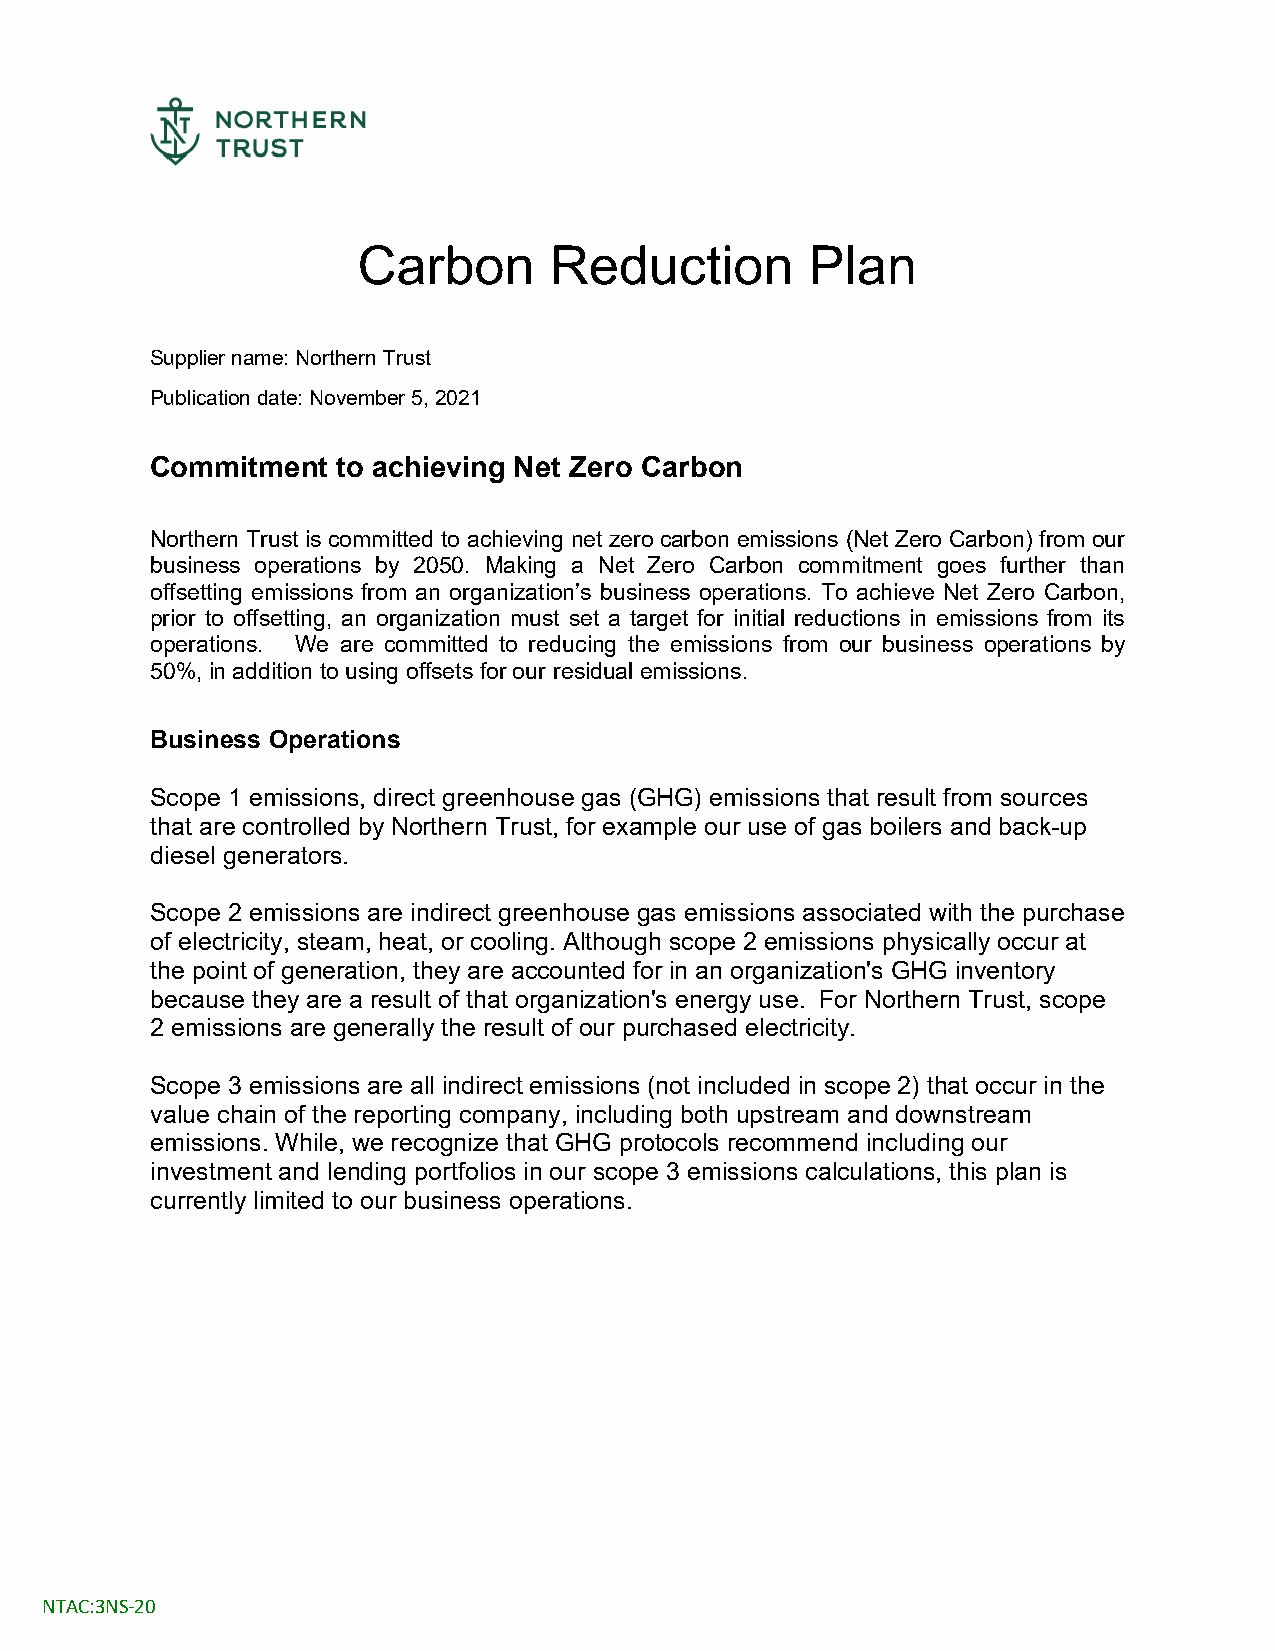
Carbon      Reduction         Plan
 Supplier name: Northern Trust
 Publication date: November 5, 2021
 Commitment  to achieving Net Zero Carbon
 Northern Trust is committed to achieving net zero carbon emissions (Net Zero Carbon) from our
 business operations by 2050. Making a Net Zero Carbon commitment goes further than
 offsetting emissions from an organization’s business operations. To achieve Net Zero Carbon,
 prior to offsetting, an organization must set a target for initial reductions in emissions from its
 operations. We are committed to reducing the emissions from our business operations by
 50%, in addition to using offsets for our residual emissions.
 Business Operations
 Scope 1 emissions, direct greenhouse gas (GHG) emissions that result from sources
 that are controlled by Northern Trust, for example our use of gas boilers and back-up
 diesel generators.
 Scope 2 emissions are indirect greenhouse gas emissions associated with the purchase
 of electricity, steam, heat, or cooling. Although scope 2 emissions physically occur at
 the point of generation, they are accounted for in an organization's GHG inventory
 because they are a result of that organization's energy use. For Northern Trust, scope
 2 emissions are generally the result of our purchased electricity.
 Scope 3 emissions are all indirect emissions (not included in scope 2) that occur in the
 value chain of the reporting company, including both upstream and downstream
 emissions. While, we recognize that GHG protocols recommend including our
 investment and lending portfolios in our scope 3 emissions calculations, this plan is
 currently limited to our business operations.
 NTAC:3NS-20